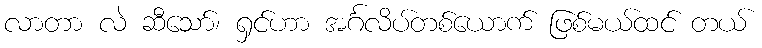
လာတာ လဲ ဆီသော်၊ ရှင်ဟာ အင်္ဂလိပ်တစ်ယောက် ဖြစ်မယ်ထင် တယ်